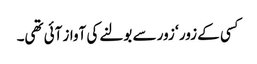
کسی کے زور ‘ زور سے بولنے کی آواز آئی تھی۔